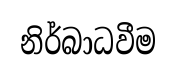
නිර්බාධවීම